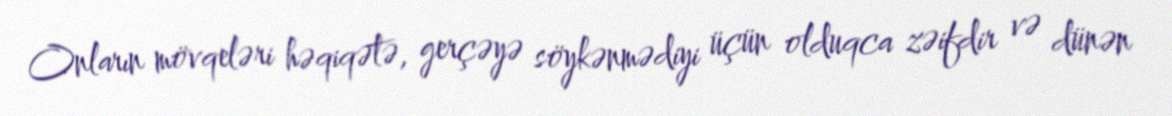
Onların mövqeləri həqiqətə, gerçəyə söykənmədiyi üçün olduqca zəifdir və dünən